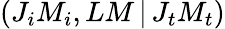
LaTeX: \left(J_{i}M_{i},LM\, |\, J_{t}M_{t}\right)